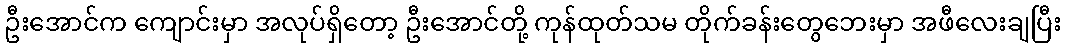
ဦးအောင်က ကျောင်းမှာ အလုပ်ရှိတော့ ဦးအောင်တို့ ကုန်ထုတ်သမ တိုက်ခန်းတွေဘေးမှာ အဖီလေးချပြီး